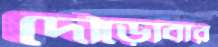
দৌড়োবার